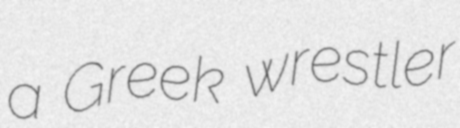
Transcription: a Greek wrestler